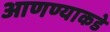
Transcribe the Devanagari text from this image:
आणण्याकडे